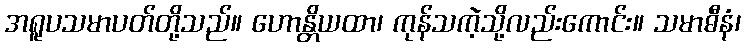
အရူပသမာပတ်တို့သည်။ ဟောန္တိယထာ၊ ကုန်သကဲ့သို့လည်းကောင်း။ သမာဓီနံ၊